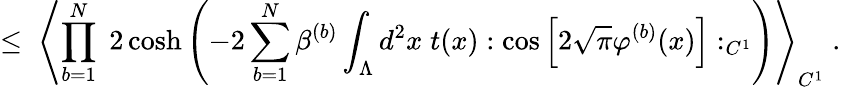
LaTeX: \leq\; \left\langle\prod_{b=1}^{N}\; 2\cosh\left(-2\sum_{b=1}^{N}\beta^{(b)}\int_{\Lambda}d^{2}x\; t(x):\cos\Big[2\sqrt{\pi}\varphi^{(b)}(x)\Big]:_{C^{1}}\right)\right\rangle_{C^{1}}\; .